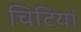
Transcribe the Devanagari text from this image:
चिटियां